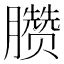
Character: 臜